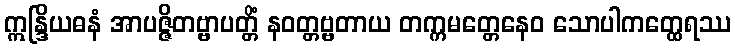
ဣန္ဒြိယဓနံ အာပဇ္ဇိတဗ္ဗာပတ္တိံ နဝတ္တဗ္ဗတာယ တက္ကမတ္တေနေဝ သောပါကတ္ထေရဿ